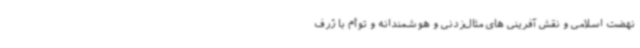
نهضت اسلامی و نقش آفرینی های مثال‌زدنی و هوشمندانه و توأم با ژرف